Civil Veterinary Department Bengal reports 1933-51 - 1933-1951
Year: 1933
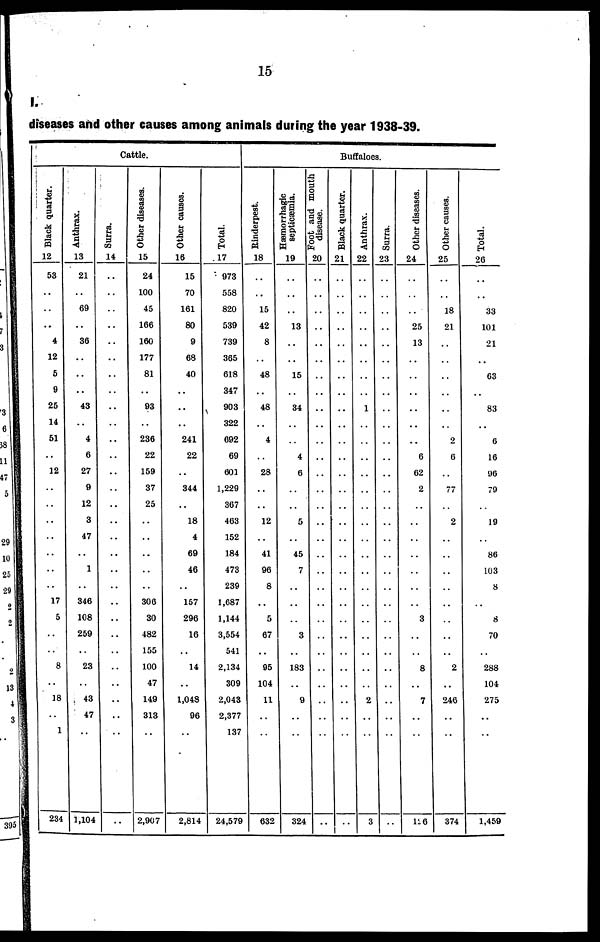
15
I.
diseases and other causes among animals during the year 1938-39.
Cattle.
Black quarter.
12
53
..
..
..
4
12
5
9
25
14
51
..
12
..
..
..
..
..
..
..
17
5
..
..
8
..
18
..
1
234
Anthrax.
13
21
..
69
..
36
..
..
..
43
..
4
6
27
9
12
3
47
..
1
..
346
108
259
..
23
..
43
47
..
1,104
Surra.
14
..
..
..
..
..
..
..
..
..
..
..
..
..
..
..
..
..
..
..
..
..
..
..
..
..
..
..
..
..
Other diseases.
15
24
100
45
166
160
177
81
..
93
..
236
22
159
37
25
..
..
..
..
..
306
30
482
155
100
47
149
313
..
2,907
Other causes.
16
15
70
161
80
9
68
40
..
..
..
241
22
..
344
..
18
4
69
46
..
157
296
16
..
14
..
1,048
96
..
2,814
Total.
17
973
558
820
539
739
365
618
347
903
322
692
69
601
1,229
367
463
152
184
473
239
1,687
1,144
3,554
541
2,134
309
2,043
2,377
137
24,579
Buffaloes.
Rinderpest.
18
..
..
15
42
8
..
48
..
48
..
4
..
28
..
..
12
..
41
96
8
..
5
67
..
95
104
11
..
..
632
Hæmorrhagic
septicæmia.
19
..
..
..
13
..
..
15
..
34
..
..
4
6
..
..
5
..
45
7
..
..
..
3
..
183
..
9
..
..
32
Foot and mouth
disease.
20
..
..
..
..
..
..
..
..
..
..
..
..
..
..
..
..
..
..
..
..
..
..
..
..
..
..
..
..
..
..
Black quarter.
21
..
..
..
..
..
..
..
..
..
..
..
..
..
..
..
..
..
..
..
..
..
..
..
..
..
..
..
..
..
Anthrax.
22
..
..
..
..
..
..
..
..
1
..
..
..
..
..
..
..
..
..
..
..
..
..
..
..
..
..
2
..
..
3
Surra.
23
..
..
..
..
..
..
..
..
..
..
..
..
..
..
..
..
..
..
..
..
..
..
..
..
..
..
..
..
..
Other diseases.
24
..
..
..
25
13
..
..
..
..
..
..
6
62
2
..
..
..
..
..
..
..
3
..
..
8
..
7
..
..
126
Other causes.
25
..
..
18
21
..
..
..
..
..
..
2
6
..
77
..
2
..
..
..
..
..
..
..
..
2
..
246
..
..
374
Total.
26
..
..
33
101
21
..
63
..
83
..
6
16
96
79
..
19
..
86
103
8
..
8
70
..
288
104
275
..
..
1,459